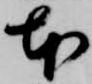
本